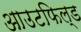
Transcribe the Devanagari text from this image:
आउटफिल्ड